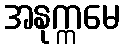
အနုက္ကမေ